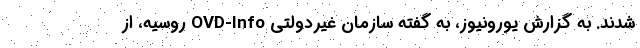
شدند. به گزارش یورونیوز، به گفته سازمان غیردولتی OVD-Info روسیه، از